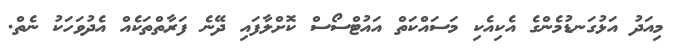
މިއަދު އަޅުގަނޑުމެންގެ އެކިއެކި މަސައްކަތް އައުޓްސޯސް ކޮށްލާފައި ދޭނެ ފަރާތްތަކެއް އެދުވަހަކު ނެތް.